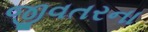
જીવતરના